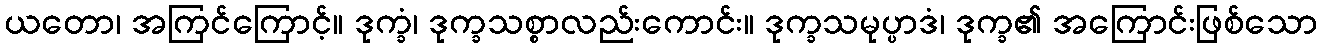
ယတော၊ အကြင်ကြောင့်။ ဒုက္ခံ၊ ဒုက္ခသစ္စာလည်းကောင်း။ ဒုက္ခသမုပ္ပာဒံ၊ ဒုက္ခ၏ အကြောင်းဖြစ်သော